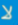
لا